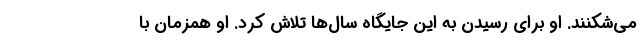
می‌شکنند. او برای رسیدن به این جایگاه سال‌ها تلاش کرد. او همزمان با